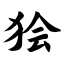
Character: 狯